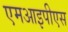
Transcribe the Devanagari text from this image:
एमआइपीएस